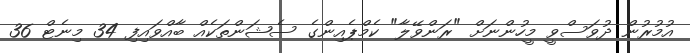
އުމުރުން ދުވަސްވީ މީހުންނަށް "ރަންވޭލާ" ކެމްޕެއިންގެ ސެޝަންތަކެއް ބާއްވައިފި 34 މިނެޓް 36